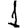
Digit: 1